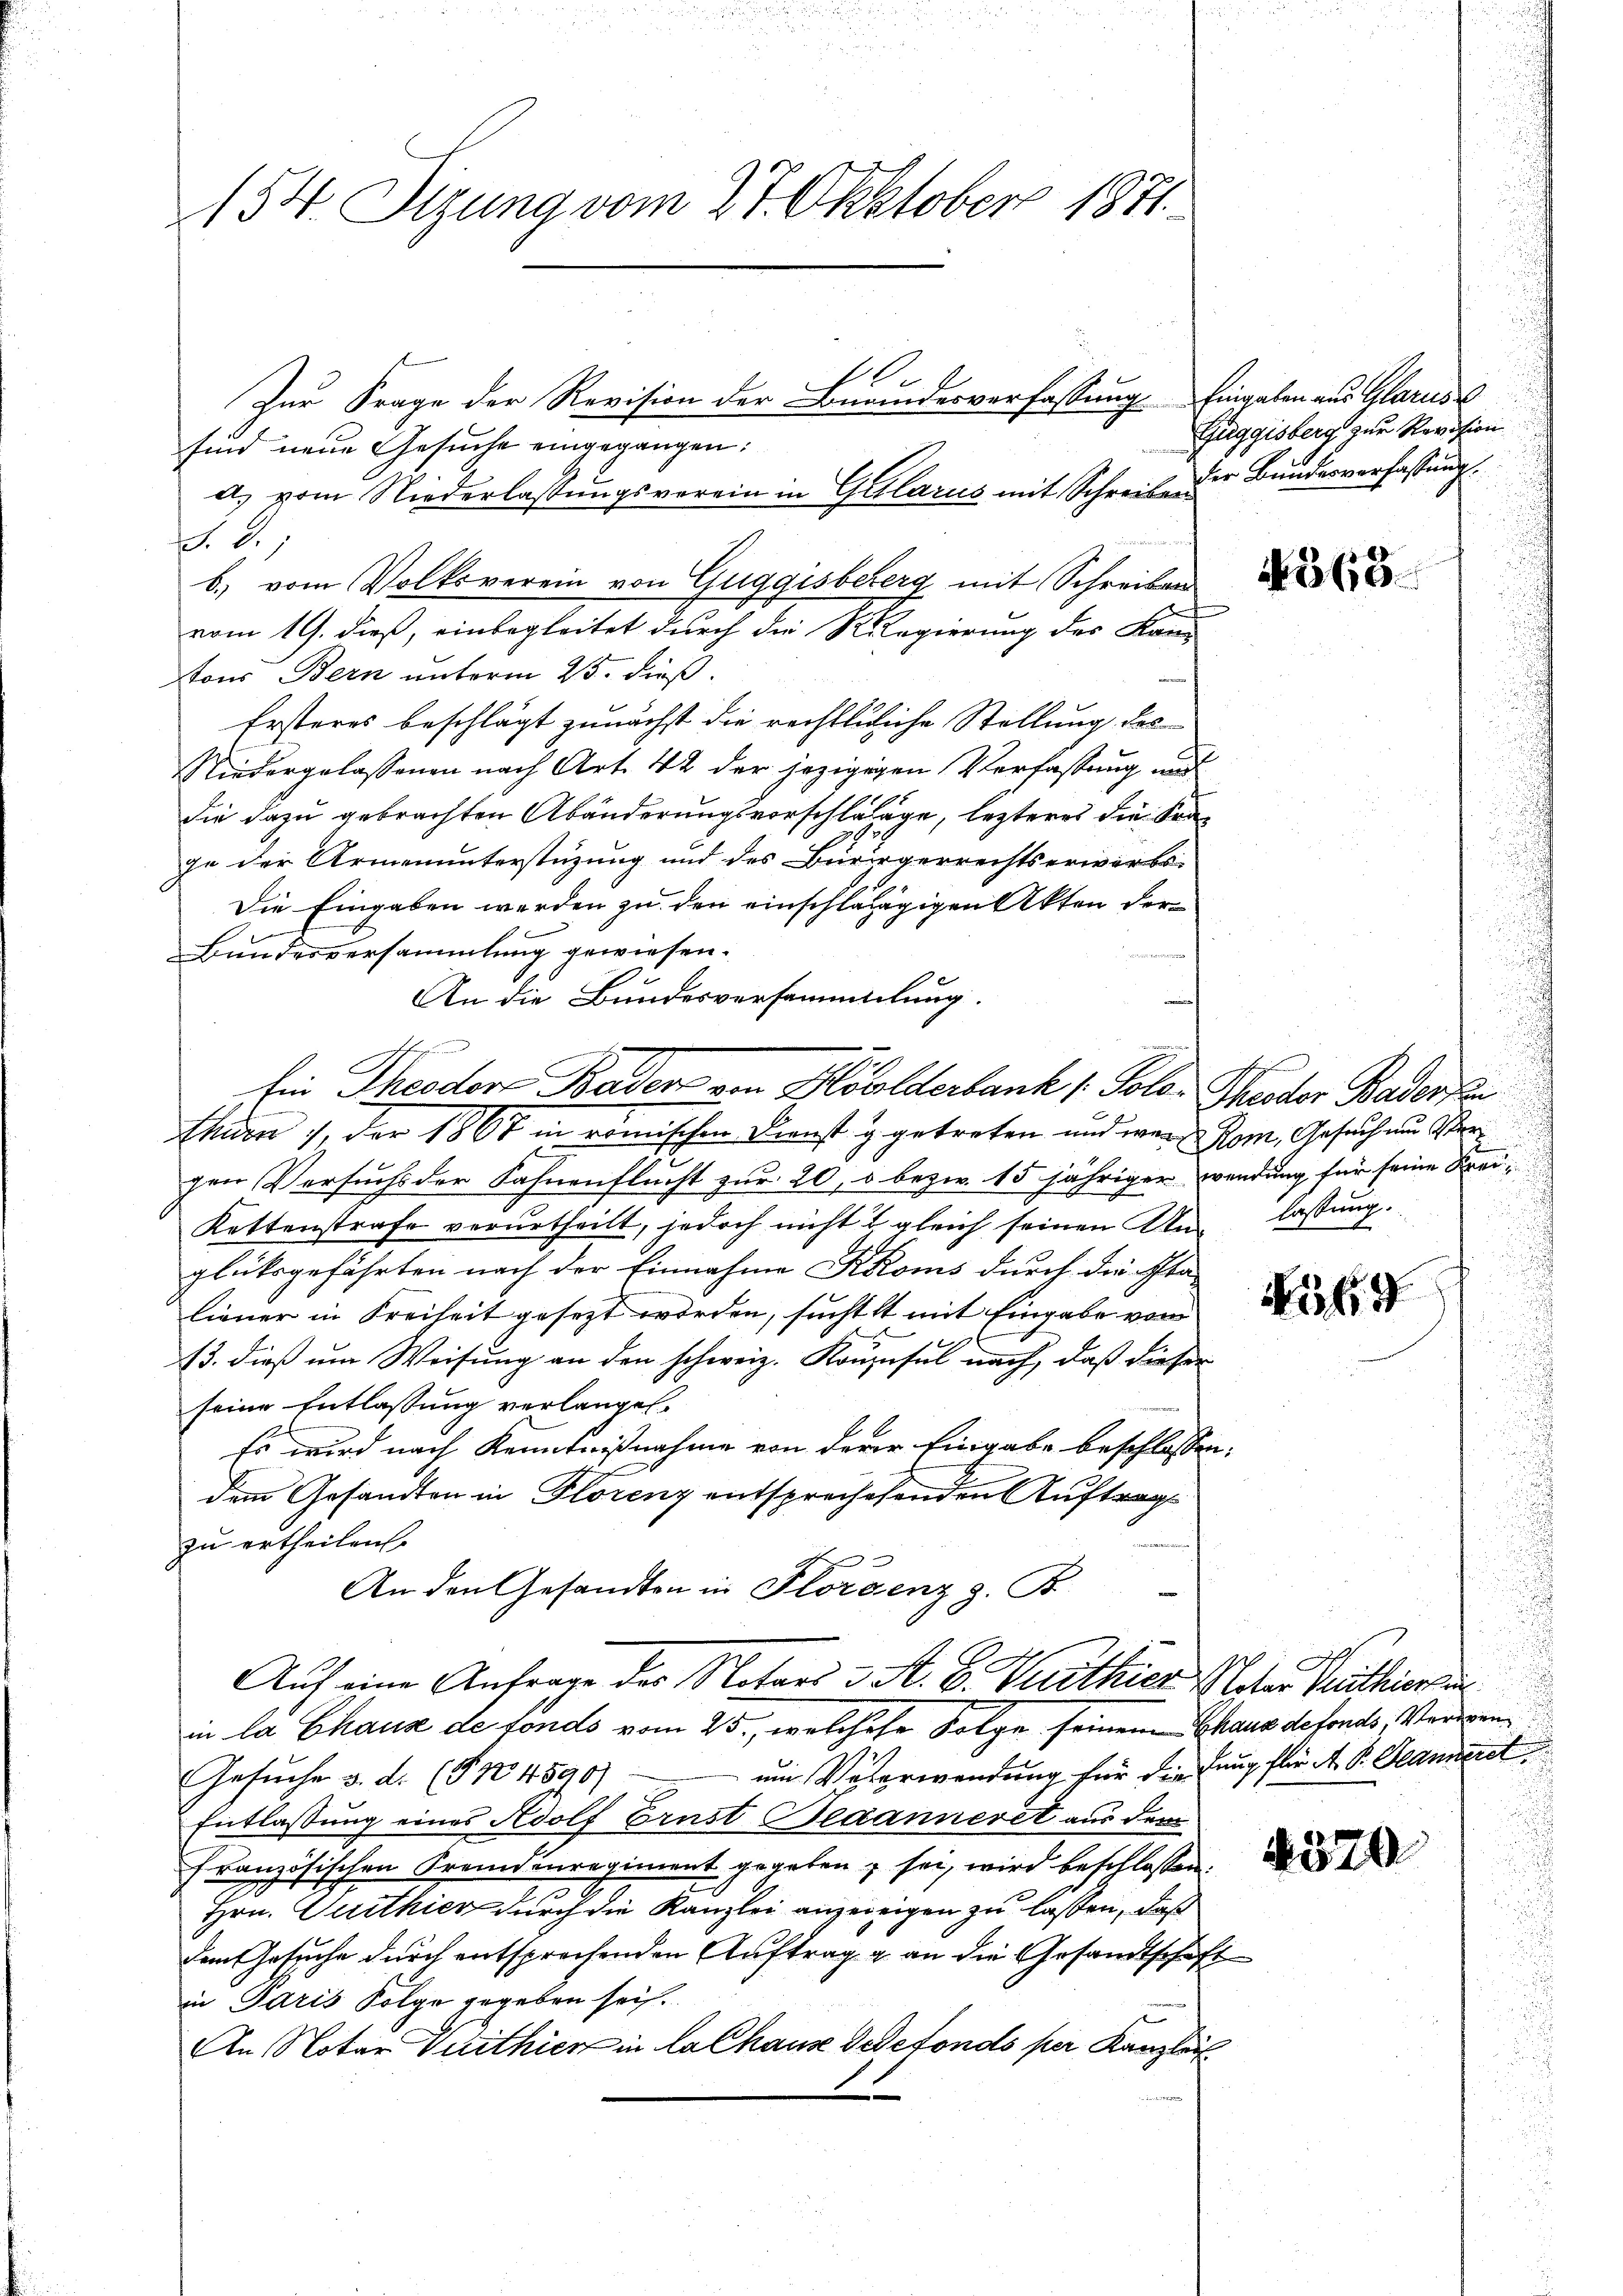
154. Sizung vom 27. Oktober 1871.
sind neue Gesuche eingegangen:
a) vom Niederlassungsverein in Glarus mit Schreibe der Bundesverfassung.
 8.
b) vom Volksverein von Guggisbererg mit Schreiben
vom 19. dieß, einbegleitet durch die Regierung des Kan-
stons Bern unterm 25. dieß.
Ersteres beschlägt zunächst die rechteiliche Stellung des

4f

Zur Frage der Revision der Brandesverfassung Eingaben aus Glarus

Niedergelassenen nach Art. 42 der jezigigen Verfassung und
die dazu gebrachten Abänderungsvorschläge, lezteres die Frage der Armenunterstüzung und des Bürgerrechtserwerbs-
Die Eingaben werden zu den einschläfägigen Akten der¬
Bundesversammlung gewiesen.
An die Bundesversammlung.
een
thurn 1, Der 1867 in römischen Dienst g getreten und war Rom, Gesuch um Vergen Versuchs der Fahnenflucht zur 20, d bezw. 15 jähriger wendung für seine Krei¬
Kettenstrafe verurtheilt, jedoch nicht u gleich seinen Anlassung.
glüksgefährten nach der Einnahme Koms durch die Sta-
liener in Freiheit gesezt worden, suchtet mit Eingabe von
13. dieß um Weisung an den schweiz. Konzesul nach, daß dieser
seine Entlassung verlangen.
Es wird nach Kenntnißnahme von derer Eingabe beschlossen:
dem Gesandten in Florenz entsprechehenden Auftrag
zu ertheilen.
An den Gesandten in Flörgenz z. B.
Auf eine Anfrage des Notars & A. B. Wirthier Mater Pultiere
in la Chaus de fonds vom 25., welchese Folge seinem Schaus defonats, Vortrenum Vererwendung für die Lang für A. B. Danieret,
Gesuche 3. d. (§ 14890)
Entlassung eines Adolf Ernst Beganneret aus dem
französischen Fremdenregiment gegeben sei, wird beschlossen:
2
Hrn. Guethier durch die Kanzlei anzuzeigen zu lassen, daß
dem Gesuche durch entsprochenden Auftrag g an die Gesandtschaft
in Paris Folge gegeben sei.
An Notar Verthier in la Chause dedefonds per Kanzlei

Ein Theodor Baden von Hölderbank (: Solo. Theodor Badersen

Zuggisberg zur Revision

4369.

i

No 9

§370